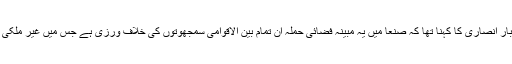
ایرانی وزارت خارجہ کے ترجمان، جبار انصاری کا کہنا تھا کہ صنعا میں یہ مبینہ فضائی حملہ ان تمام بین الاقوامی سمجھوتوں کی خلاف ورزی ہے جس میں غیر ملکی سفارتخانوں کو تحفظ فراہم کیا گیا ہے۔